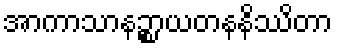
အာကာသာနဉ္စာယတနနိဿိတာ